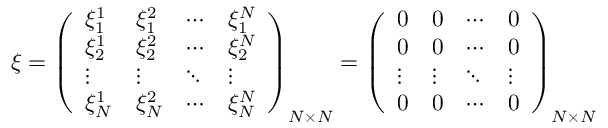
\boldsymbol { \xi } = \left( \begin{array} { l l l l } { \xi _ { 1 } ^ { 1 } } & { \xi _ { 1 } ^ { 2 } } & { \cdots } & { \xi _ { 1 } ^ { N } } \\ { \xi _ { 2 } ^ { 1 } } & { \xi _ { 2 } ^ { 2 } } & { \cdots } & { \xi _ { 2 } ^ { N } } \\ { \vdots } & { \vdots } & { \ddots } & { \vdots } \\ { \xi _ { N } ^ { 1 } } & { \xi _ { N } ^ { 2 } } & { \cdots } & { \xi _ { N } ^ { N } } \end{array} \right) _ { N \times N } = \left( \begin{array} { l l l l } { 0 } & { 0 } & { \cdots } & { 0 } \\ { 0 } & { 0 } & { \cdots } & { 0 } \\ { \vdots } & { \vdots } & { \ddots } & { \vdots } \\ { 0 } & { 0 } & { \cdots } & { 0 } \end{array} \right) _ { N \times N }